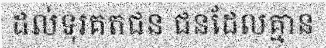
ដល់ទុរគតជន ជនដែលគ្មាន